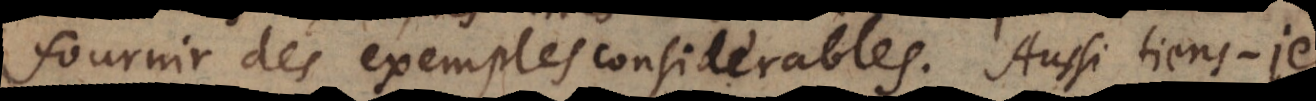
fournir des exemples considerables. Aussi tiens‐je